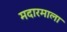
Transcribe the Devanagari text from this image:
मदारमाला